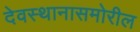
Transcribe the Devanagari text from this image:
देवस्थानासमोरील